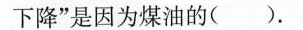
下降”是因为煤油的()。